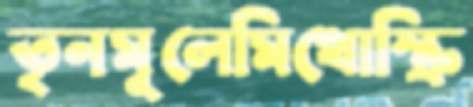
তৃনমূলেমিথোস্ক্রি